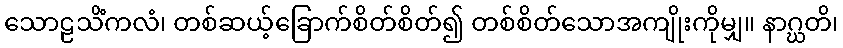
သောဠသိံကလံ၊ တစ်ဆယ့်ခြောက်စိတ်စိတ်၍ တစ်စိတ်သောအကျိုးကိုမျှ။ နာဂ္ဃတိ၊